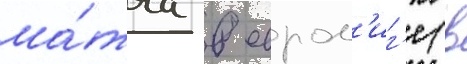
ма́тча в еврол'иг'е (в